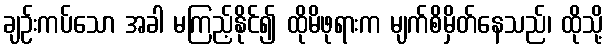
ချဉ်းကပ်သော အခါ မကြည့်နိုင်၍ ထိုမိဖုရားက မျက်စိမှိတ်နေသည်၊ ထိုသို့